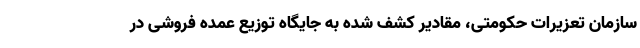
سازمان تعزیرات حکومتی، مقادیر کشف شده به جایگاه توزیع عمده فروشی در